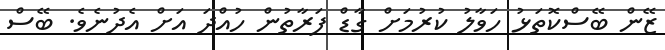
ޒޭން ބޭސްކޮތަޅު ހަވާލު ކުރުމަށް ގާޑް ފަރާތުން ހުއްދަ އަށް އެދުނެވެ. ބޭސް